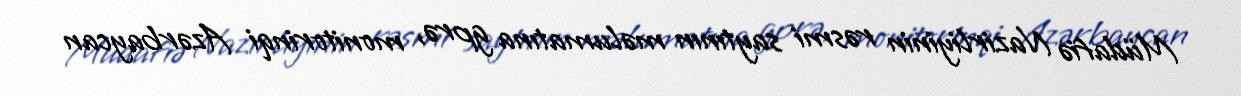
Müdafiə Nazirliyinin rəsmi saytının məlumatına gprə, monitorinqi Azərbaycan